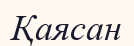
Қаясан